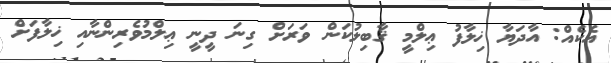
އެކެއް: އާދަޔާ ޚިލާފު ޢިލްމީ ޤާބިލުކަން ވަރަށް ގިނަ ދީނީ ޢިލްމުވެރިންނާއި ޚިލާފަށް